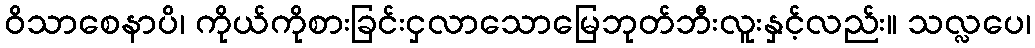
ဝိသာစေနာပိ၊ ကိုယ်ကိုစားခြင်းငှလာသောမြေဘုတ်ဘီးလူးနှင့်လည်း။ သလ္လပေ၊